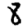
Digit: 8